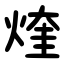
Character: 煃